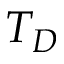
T _ { D }